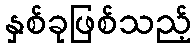
နှစ်ခုဖြစ်သည့်